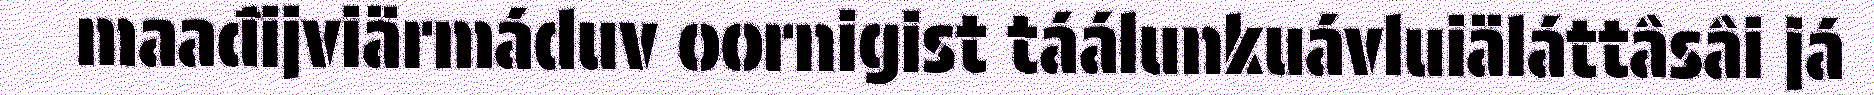
maađijviärmáduv oornigist táálunkuávluiäláttâsâi já